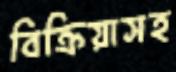
বিক্রিয়াসহ